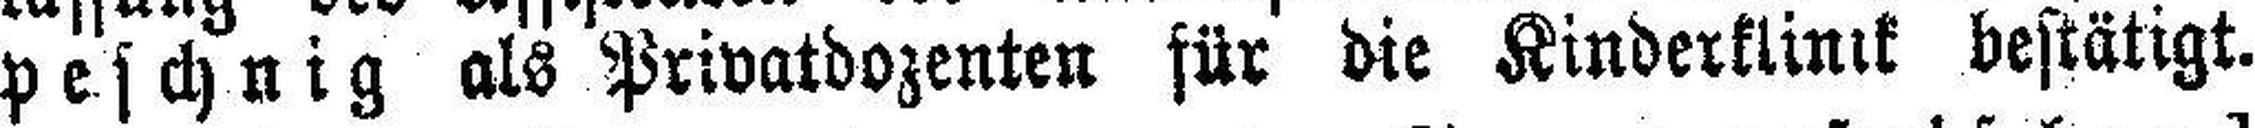
peschnig als Privatdozenten für die Kinderklinik bestätigt.